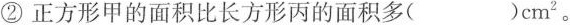
① 正方形甲的面积比长方形丙的面积多（）cm^{2}。